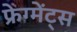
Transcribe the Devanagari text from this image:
फ्रेग्मेंट्स